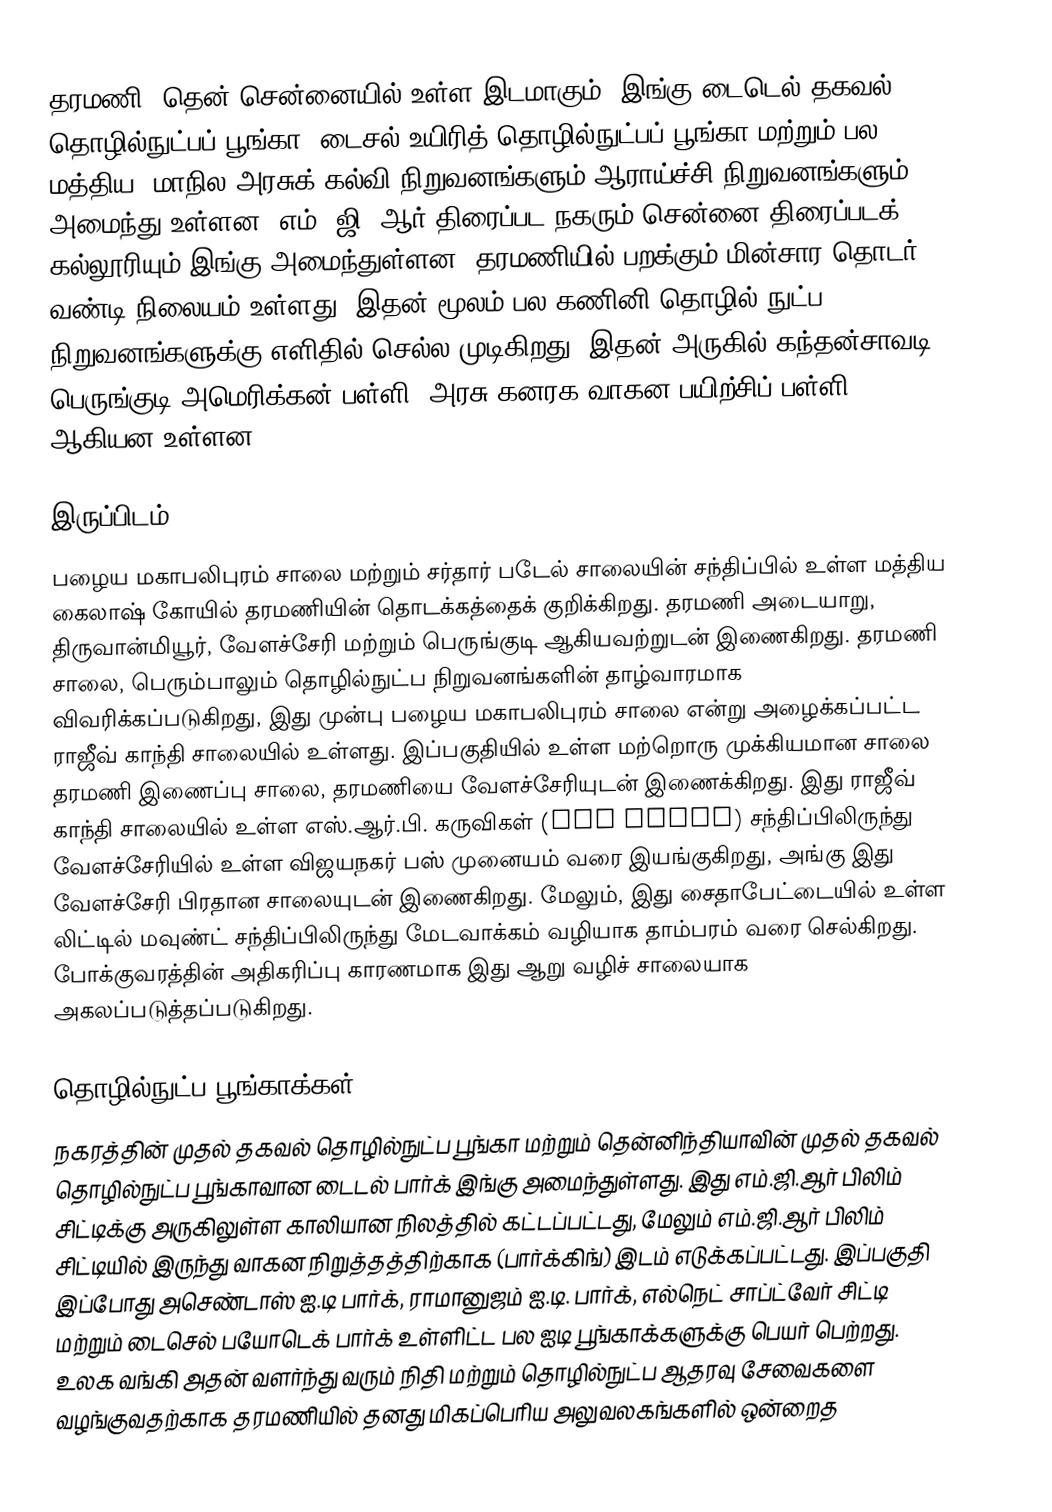
தரமணி, தென் சென்னையில் உள்ள இடமாகும். இங்கு டைடெல் தகவல் தொழில்நுட்பப் பூங்கா, டைசல் உயிரித் தொழில்நுட்பப் பூங்கா மற்றும் பல மத்திய, மாநில அரசுக் கல்வி நிறுவனங்களும் ஆராய்ச்சி நிறுவனங்களும் அமைந்து உள்ளன. எம். ஜி. ஆர் திரைப்பட நகரும் சென்னை திரைப்படக் கல்லூரியும் இங்கு அமைந்துள்ளன. தரமணியில் பறக்கும் மின்சார தொடர் வண்டி நிலையம் உள்ளது. இதன் மூலம் பல கணினி தொழில் நுட்ப நிறுவனங்களுக்கு எளிதில் செல்ல முடிகிறது. இதன் அருகில் கந்தன்சாவடி, பெருங்குடி,அமெரிக்கன் பள்ளி, அரசு கனரக வாகன பயிற்சிப் பள்ளி ஆகியன உள்ளன.

இருப்பிடம்
பழைய மகாபலிபுரம் சாலை மற்றும் சர்தார் படேல் சாலையின் சந்திப்பில் உள்ள மத்திய கைலாஷ் கோயில் தரமணியின் தொடக்கத்தைக் குறிக்கிறது. தரமணி அடையாறு, திருவான்மியூர், வேளச்சேரி மற்றும் பெருங்குடி ஆகியவற்றுடன் இணைகிறது. தரமணி சாலை, பெரும்பாலும் தொழில்நுட்ப நிறுவனங்களின் தாழ்வாரமாக விவரிக்கப்படுகிறது, இது முன்பு பழைய மகாபலிபுரம் சாலை என்று அழைக்கப்பட்ட ராஜீவ் காந்தி சாலையில் உள்ளது. இப்பகுதியில் உள்ள மற்றொரு முக்கியமான சாலை தரமணி இணைப்பு சாலை, தரமணியை வேளச்சேரியுடன் இணைக்கிறது. இது ராஜீவ் காந்தி சாலையில் உள்ள எஸ்.ஆர்.பி. கருவிகள் (SRP Tools) சந்திப்பிலிருந்து வேளச்சேரியில் உள்ள விஜயநகர் பஸ் முனையம் வரை இயங்குகிறது, அங்கு இது வேளச்சேரி பிரதான சாலையுடன் இணைகிறது. மேலும், இது சைதாபேட்டையில் உள்ள லிட்டில் மவுண்ட் சந்திப்பிலிருந்து மேடவாக்கம் வழியாக தாம்பரம் வரை செல்கிறது. போக்குவரத்தின் அதிகரிப்பு காரணமாக இது ஆறு வழிச் சாலையாக அகலப்படுத்தப்படுகிறது.

தொழில்நுட்ப பூங்காக்கள்
நகரத்தின் முதல் தகவல் தொழில்நுட்ப பூங்கா மற்றும் தென்னிந்தியாவின் முதல் தகவல் தொழில்நுட்ப பூங்காவான டைடல் பார்க் இங்கு அமைந்துள்ளது. இது எம்.ஜி.ஆர் பிலிம் சிட்டிக்கு அருகிலுள்ள காலியான நிலத்தில் கட்டப்பட்டது, மேலும் எம்.ஜி.ஆர் பிலிம் சிட்டியில் இருந்து வாகன நிறுத்தத்திற்காக (பார்க்கிங்) இடம் எடுக்கப்பட்டது. இப்பகுதி இப்போது அசெண்டாஸ் ஐ.டி பார்க், ராமானுஜம் ஐ.டி. பார்க், எல்நெட் சாப்ட்வேர் சிட்டி மற்றும் டைசெல் பயோடெக் பார்க் உள்ளிட்ட பல ஐடி பூங்காக்களுக்கு பெயர் பெற்றது. உலக வங்கி அதன் வளர்ந்து வரும் நிதி மற்றும் தொழில்நுட்ப ஆதரவு சேவைகளை வழங்குவதற்காக தரமணியில் தனது மிகப்பெரிய அலுவலகங்களில் ஒன்றைத